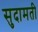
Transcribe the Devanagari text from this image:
सुदामती